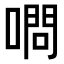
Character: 𠼋